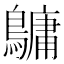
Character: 𪅟